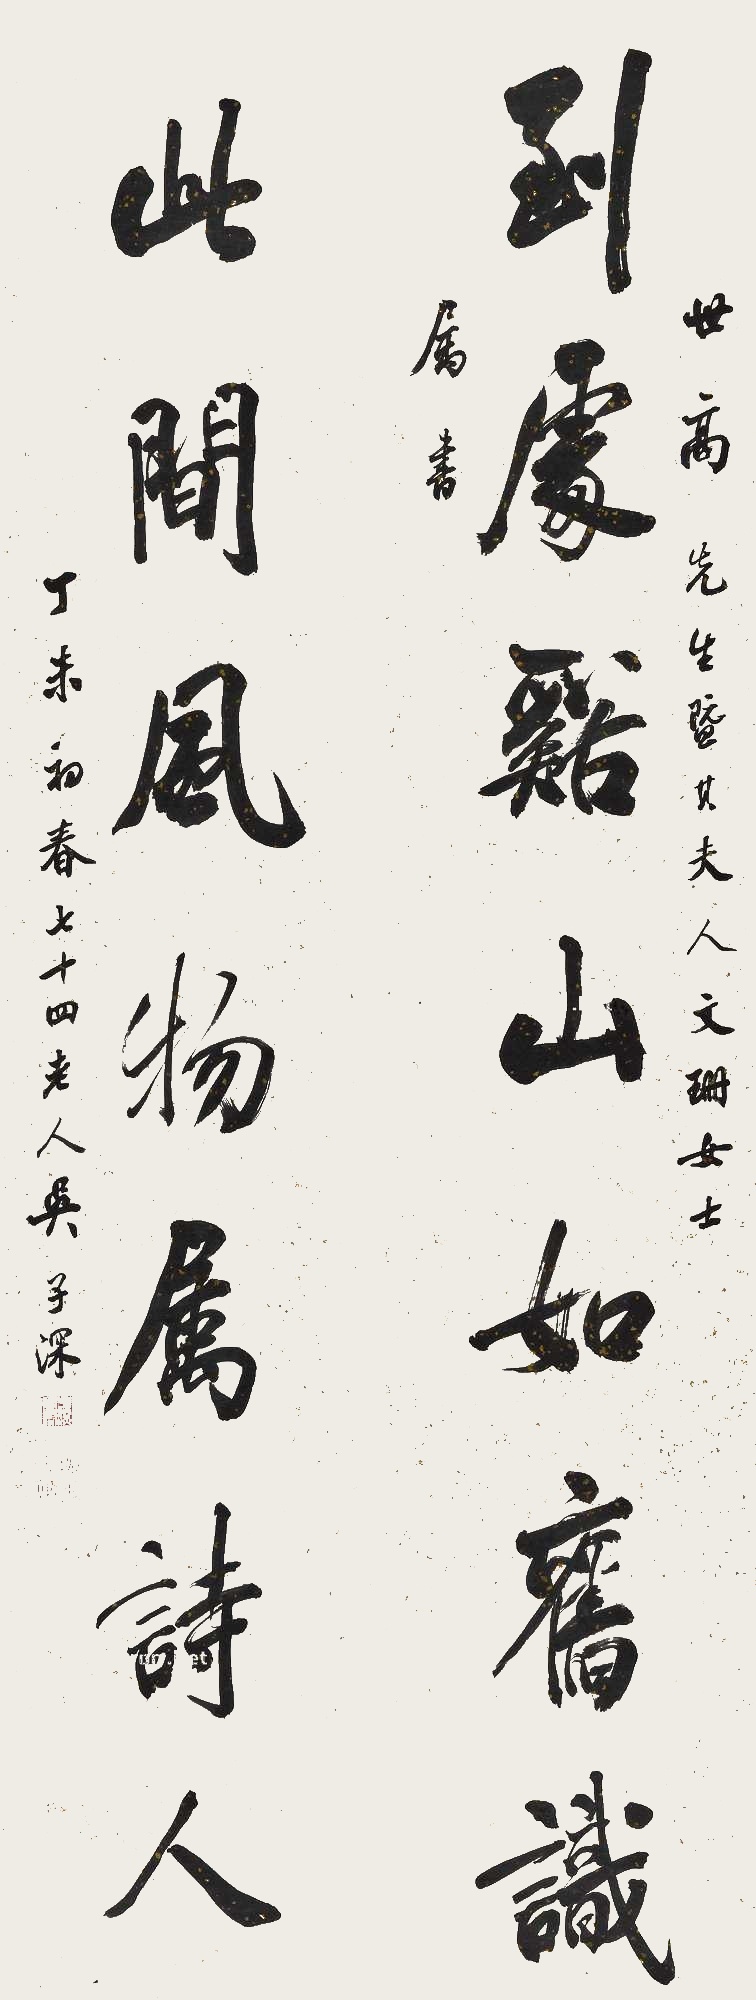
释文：到处谿山如旧识，此间风物属诗人。世高先生暨其夫人文珊女士属书，丁未初春，七十四老人吴子深。